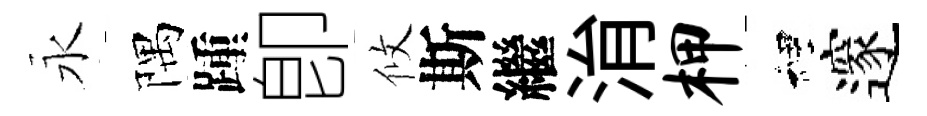
永隅踵卽攸斯繼㳙柙裡邃